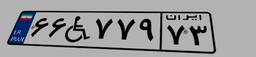
۶۶W۷۷۹۷۳